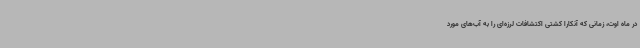
در ماه اوت، زمانی که آنکارا کشتی اکتشافات لرزه‌ای را به آب‌های مورد